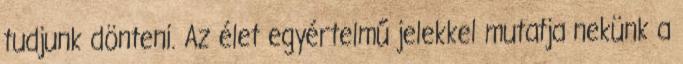
tudjunk dönteni. Az élet egyértelmű jelekkel mutatja nekünk a